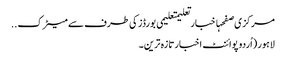
مرکزی صفحہاخبارتعلیمتعلیمی بورڈز کی طرف سے میٹرک ..
لاہور (اُردو پوائنٹ اخبارتازہ ترین۔